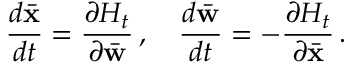
\frac { d \bar { \bf x } } { d t } = \frac { \partial { \cal H } _ { t } } { \partial \bar { \bf w } } \, , \quad \frac { d \bar { \bf w } } { d t } = - \frac { \partial { \cal H } _ { t } } { \partial \bar { \bf x } } \, .